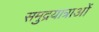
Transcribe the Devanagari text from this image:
समुद्रयात्राओं